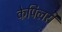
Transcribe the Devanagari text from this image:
केपिलरी